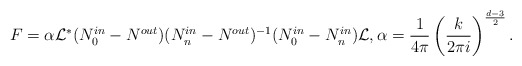
\begin{align*}F=\alpha\mathcal L^* ( N^{in}_0-N^{out}) (N^{in}_n - N^{out})^{-1}(N^{in}_0 -N^{in}_n)\mathcal L, \alpha=\frac{1}{4\pi}\left (\frac{k}{2\pi i} \right )^{\frac{d-3}{2}}.\end{align*}